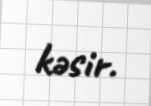
kəsir.